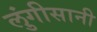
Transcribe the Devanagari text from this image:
लुंगीसानी